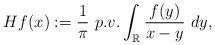
\begin{align*}Hf(x):=\frac{1}{\pi}\ p.v.\int_{\mathbb R}\frac{f(y)}{x-y}\ dy,\end{align*}